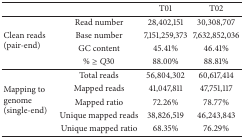
<table><thead><tr><td><b> </b></td><td><b> </b></td><td><b>T01 </b></td><td><b>T02</b></td></tr></thead><tbody><tr><td rowspan="4">Clean reads (pair-end)</td><td>Read number</td><td>28,402,151</td><td>30,308,707</td></tr><tr><td>Base number</td><td>7,151,259,373</td><td>7,632,852,036</td></tr><tr><td>GC content</td><td>45.41%</td><td>46.41%</td></tr><tr><td>% ≥ <i>Q</i>30</td><td>88.00%</td><td>88.81%</td></tr><tr><td rowspan="5">Mapping to genome (single-end)</td><td>Total reads</td><td>56,804,302</td><td>60,617,414</td></tr><tr><td>Mapped reads</td><td>41,047,811</td><td>47,751,117</td></tr><tr><td>Mapped ratio</td><td>72.26%</td><td>78.77%</td></tr><tr><td>Unique mapped reads</td><td>38,826,519</td><td>46,243,843</td></tr><tr><td>Unique mapped ratio</td><td>68.35%</td><td>76.29%</td></tr></tbody></table>